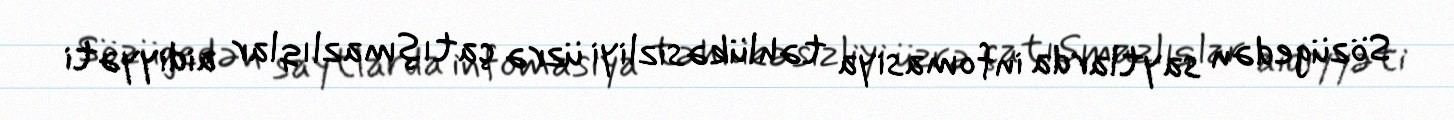
Sözügedən saytlarda infomasiya təhlükəsizliyi üzrə çatışmazlıqlar aidiyyəti